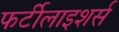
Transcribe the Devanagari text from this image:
फर्टीलाइशर्स